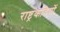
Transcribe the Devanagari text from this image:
राष्ट्रकवियों